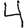
Digit: 4